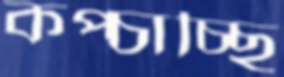
কপ্‌চাচ্ছি